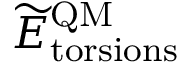
\widetilde E _ { \mathrm { t o r s i o n s } } ^ { \mathrm { Q M } }